system: You are a helpful assistant.
user:
Analyze the provided spectrum to determine if it is a **Carbon Star (C-type)**.

- **Key Visual Indicators of Carbon Star:**
    - **(Primary):** Strong molecular absorption from **C₂ (diatomic carbon) "Swan Bands."** This is the **defining feature** of a carbon star.
        - **(Key Bandheads):** Sharp absorption edges are visible at approximately $5635$ Å, $5165$ Å (the strongest band), and $4737$ Å.
        - **(Line Profile):** Creates a distinct **"saw-tooth"** pattern. The key morphology is a sharp, steep bandhead on the **red (long-wavelength) side**, which then gradually tapers off (i.e., flux recovers) towards the **blue (short-wavelength) side**. *(This is the direct opposite of the TiO bands seen in M-type stars)*.

    - **(Secondary):** Intense **CN (cyanogen)** molecular absorption bands.
        - **(Key Bandheads):** Located in the blue and violet regions of the spectrum (e.g., near $4215$ Å and $3883$ Å).
        - **(Morphology):** These bands are extremely broad and act as a "blanket," absorbing the vast majority of blue and violet light. This creates a characteristic **"cliff"** or **"steep drop-off"** in the spectrum's flux at short wavelengths.

    - **(Key Confirmation):** Strong **CH absorption band (G-band)**.
        - **(Key Bandhead):** Located around $4300$ Å. The contribution from CH molecules to this band is exceptionally strong.

    - **(Overall Spectrum):**
        - The continuum is severely "chopped up" by these deep molecular bands, especially C₂, rather than appearing as a smooth curve.
        - Due to the heavy CN and C₂ absorption in the blue-green, the vast majority of the star's flux is concentrated in the red part of the spectrum, giving the star its characteristic deep red color.

Think first, call **spectral_visualization_tool** if needed to examine features in detail, then provide your final answer. Your response must adhere to the following strict rules:
1.  **Overall Structure:** Your response must follow the format `<think>...</think> <tool_call>...</tool_call> (if a tool is used) <answer>...</answer>`.
2.  **Tool Usage Constraint:** You may only make **one** tool call per turn.
3.  **Final Answer Format:** In the `<answer>` tag, your conclusion must be inside a `\boxed{}` command (e.g., `\boxed{YES}`), followed by your justification.

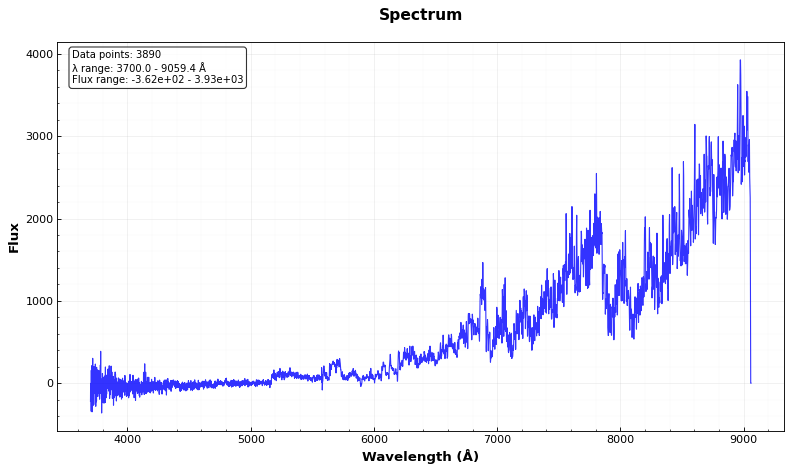
Answer: YES